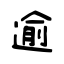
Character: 逾